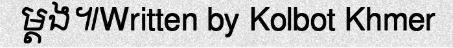
ម្តង៕Written by Kolbot Khmer